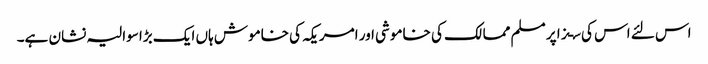
اس لئے اس کی سـزا پر مسلم ممالک کی خاموشی اور امریکہ کی خاموش ہاں ایک بڑا سوالیہ نشان ہے۔